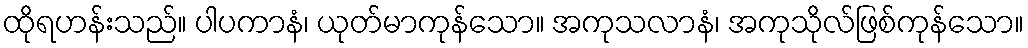
ထိုရဟန်းသည်။ ပါပကာနံ၊ ယုတ်မာကုန်သော။ အကုသလာနံ၊ အကုသိုလ်ဖြစ်ကုန်သော။